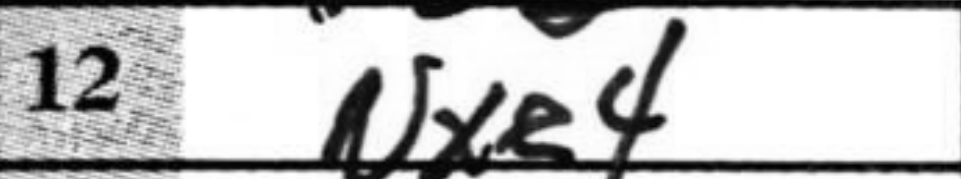
Transcription: Nxe4